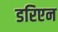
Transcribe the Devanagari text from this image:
डरिएन